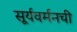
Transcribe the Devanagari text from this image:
सूर्यवर्मनची